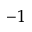
^ { - 1 }